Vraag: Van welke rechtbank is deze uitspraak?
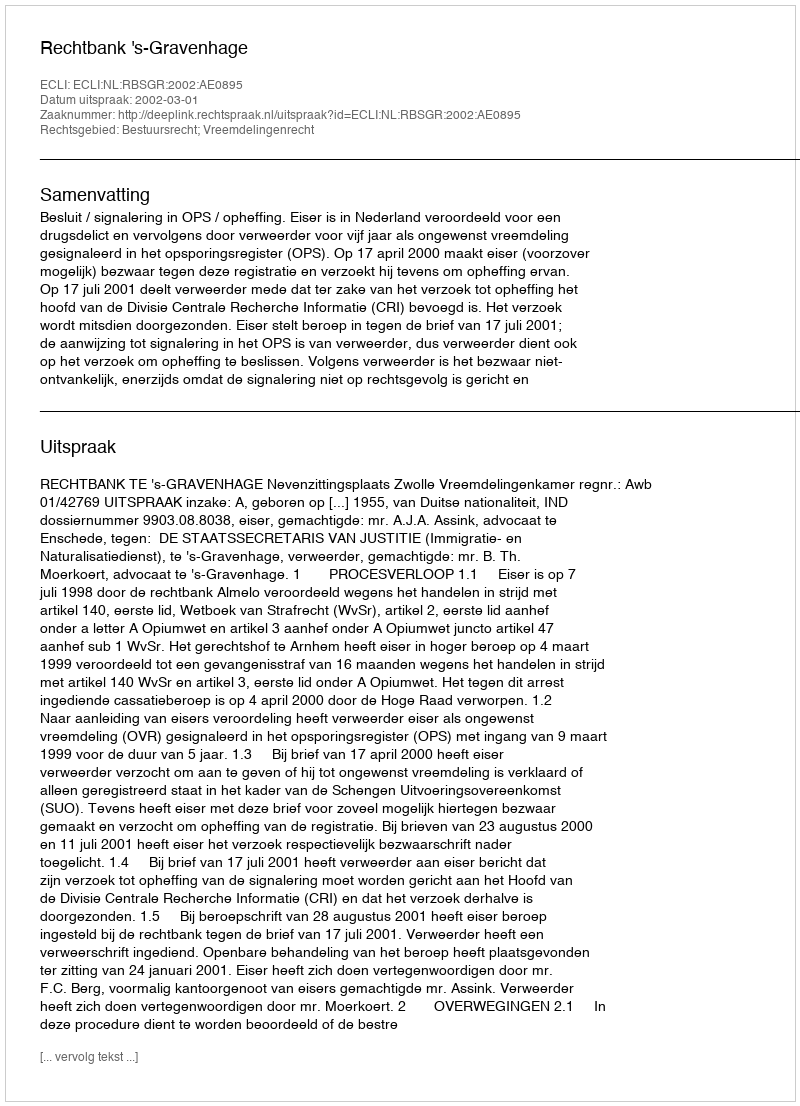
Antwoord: Rechtbank 's-Gravenhage